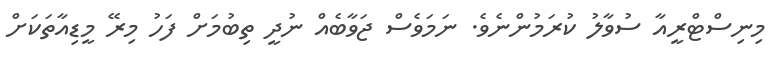
މިނިސްޓްރީއާ ސުވާލު ކުރަމުންނެވެ. ނަމަވެސް ޖަވާބެއް ނުދީ ތިބުމަށް ފަހު މިރޭ މީޑިއާތަކަށް